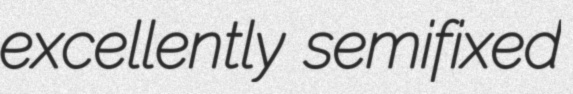
excellently semifixed